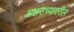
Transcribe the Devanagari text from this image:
अक्षराच्यावरील